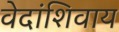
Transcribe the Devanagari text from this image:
वेदांशिवाय